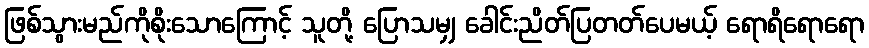
ဖြစ်သွားမည်ကိုစိုးသောကြောင့် သူတို့ ပြောသမျှ ခေါင်းညိတ်ပြတတ်ပေမယ့် ရောရိရောရော